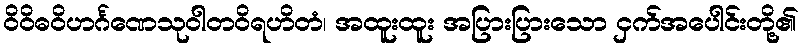
ဝိဝိဓဝိဟင်္ဂဏေသုဝါတဝိရဟိတံ၊ အထူးထူး အပြားပြားသော ငှက်အပေါင်းတို့၏